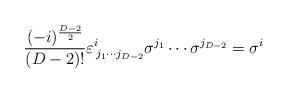
LaTeX: \begin{align*}\frac{(-i)^{\frac{D-2}{2}}}{(D-2)!}\varepsilon^i_{\,j_1\cdots j_{D-2} }\sigma^{j_1}\cdots \sigma^{j_{D-2}}=\sigma^i\end{align*}